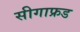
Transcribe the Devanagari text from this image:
सीगाफ्रड